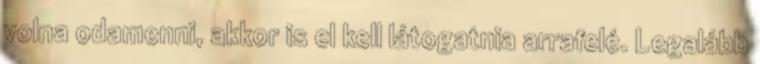
volna odamenni, akkor is el kell látogatnia arrafelé. Legalább